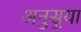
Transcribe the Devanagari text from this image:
अनुसुया